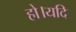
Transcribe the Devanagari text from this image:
हो।यदि